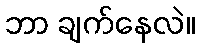
ဘာ ချက်နေလဲ။